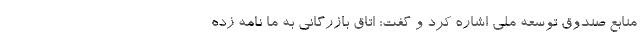
منابع صندوق توسعه ملی اشاره کرد و گفت: اتاق بازرگانی به ما نامه زده